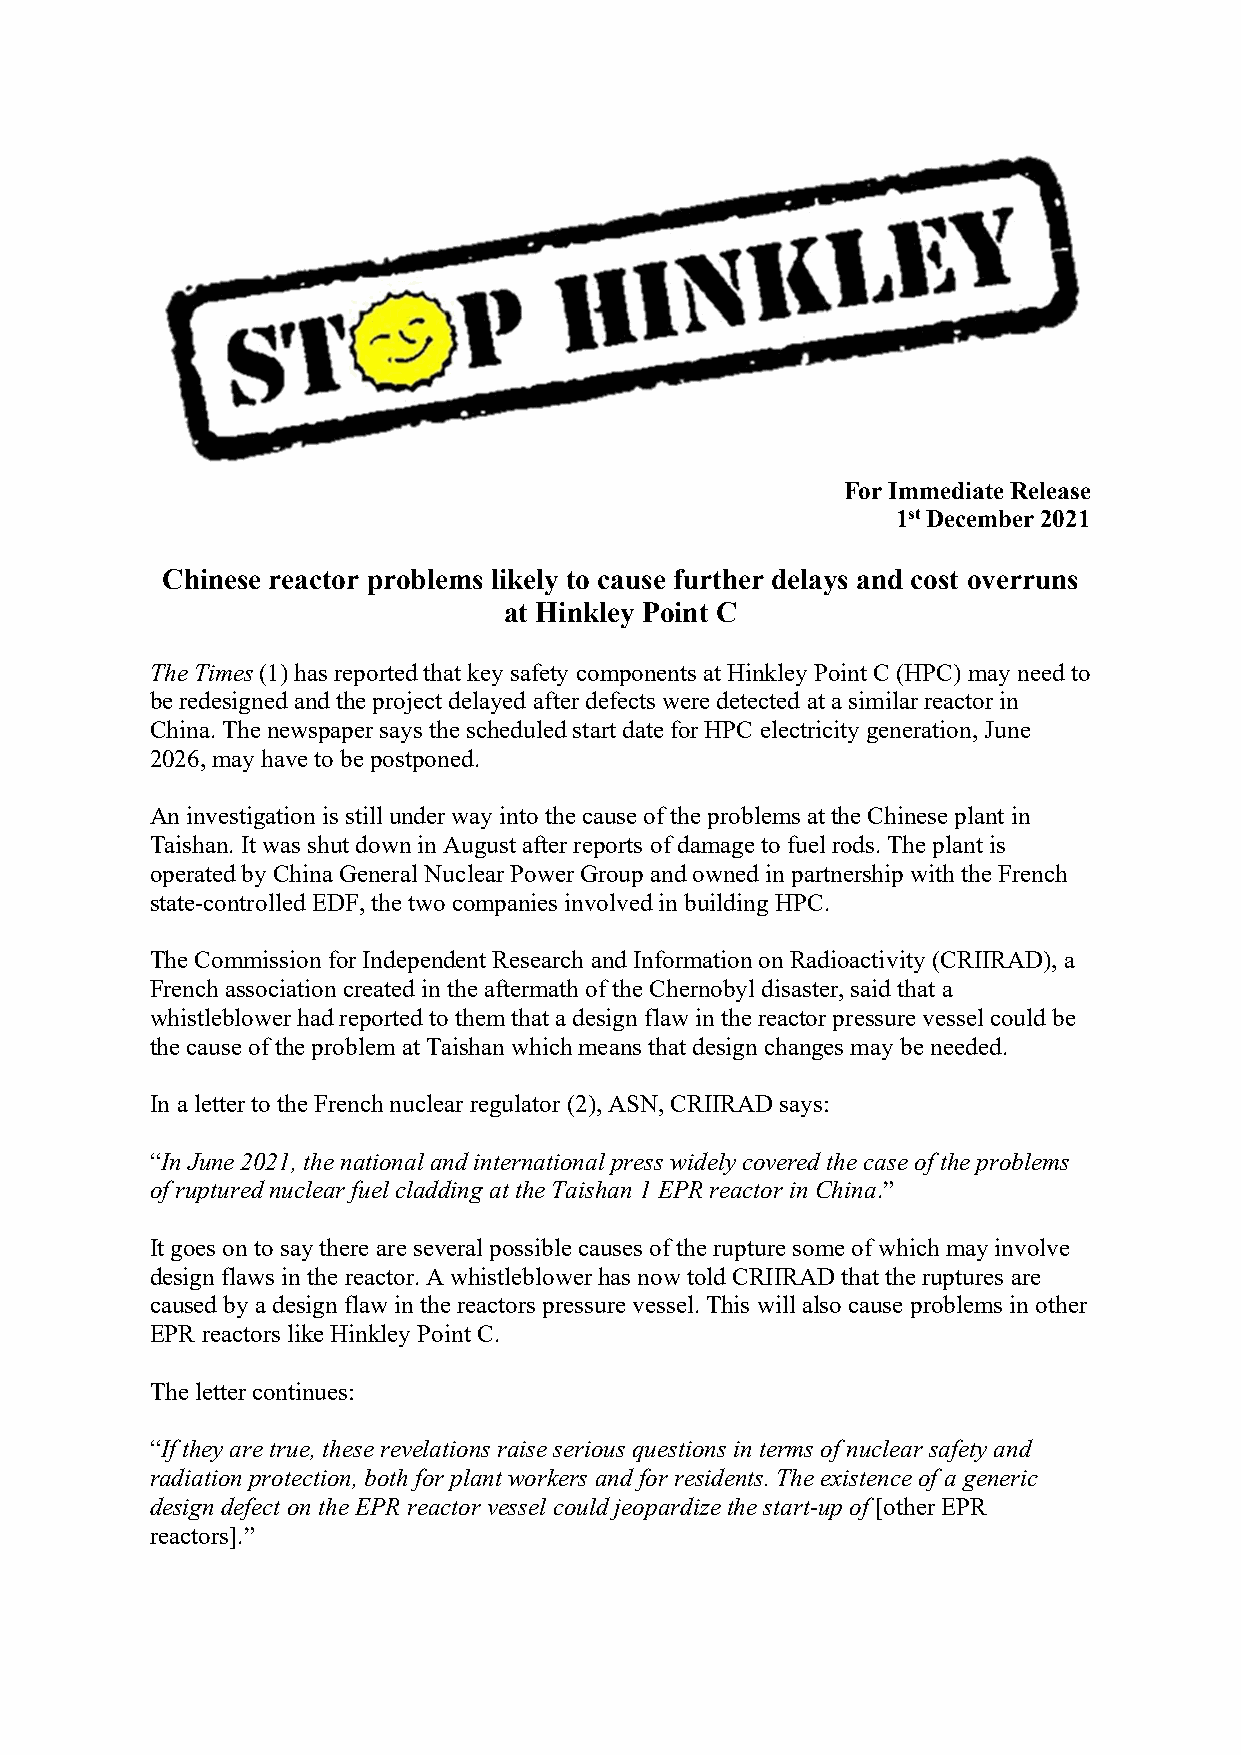
For Immediate Release
 1st December 2021
 Chinese reactor problems likely to cause further delays and cost overruns
 at Hinkley Point C
 The Times (1) has reported that key safety components at Hinkley Point C (HPC) may need to
 be redesigned and the project delayed after defects were detected at a similar reactor in
 China. The newspaper says the scheduled start date for HPC electricity generation, June
 2026, may have to be postponed.
 An investigation is still under way into the cause of the problems at the Chinese plant in
 Taishan. It was shut down in August after reports of damage to fuel rods. The plant is
 operated by China General Nuclear Power Group and owned in partnership with the French
 state-controlled EDF, the two companies involved in building HPC.
 The Commission for Independent Research and Information on Radioactivity (CRIIRAD), a
 French association created in the aftermath of the Chernobyl disaster, said that a
 whistleblower had reported to them that a design flaw in the reactor pressure vessel could be
 the cause of the problem at Taishan which means that design changes may be needed.
 In a letter to the French nuclear regulator (2), ASN, CRIIRAD says:
 “In June 2021, the national and international press widely covered the case of the problems
 of ruptured nuclear fuel cladding at the Taishan 1 EPR reactor in China.”
 It goes on to say there are several possible causes of the rupture some of which may involve
 design flaws in the reactor. A whistleblower has now told CRIIRAD that the ruptures are
 caused by a design flaw in the reactors pressure vessel. This will also cause problems in other
 EPR reactors like Hinkley Point C.
 The letter continues:
 “If they are true, these revelations raise serious questions in terms of nuclear safety and
 radiation protection, both for plant workers and for residents. The existence of a generic
 design defect on the EPR reactor vessel could jeopardize the start-up of [other EPR
 reactors].”